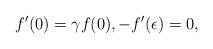
LaTeX: \begin{align*} f'(0) = \gamma f(0), -f'(\epsilon) = 0, \end{align*}